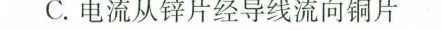
C.电流从锌片经导线流向铜片D.氢离子在铜片表面被还原[能力层次：B难度：中